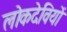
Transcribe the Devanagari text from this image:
लोकदेवियों